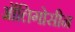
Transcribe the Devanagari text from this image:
ऑलिगोसीन